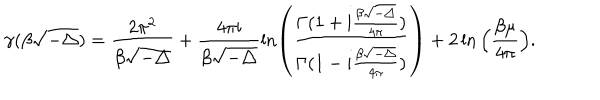
\gamma ( \beta \sqrt { - \triangle } ) = \frac { 2 \pi ^ { 2 } } { \beta \sqrt { - \triangle } } + \frac { 4 \pi { \mathrm i } } { \beta \sqrt { - \triangle } } \ln \left( \frac { \Gamma ( 1 + { \mathrm i } \frac { \beta \sqrt { - \triangle } } { 4 \pi } ) } { \Gamma ( 1 - { \mathrm i } \frac { \beta \sqrt { - \triangle } } { 4 \pi } ) } \right) + 2 \ln \Big ( \frac { \beta \mu } { 4 \pi } \Big ) .